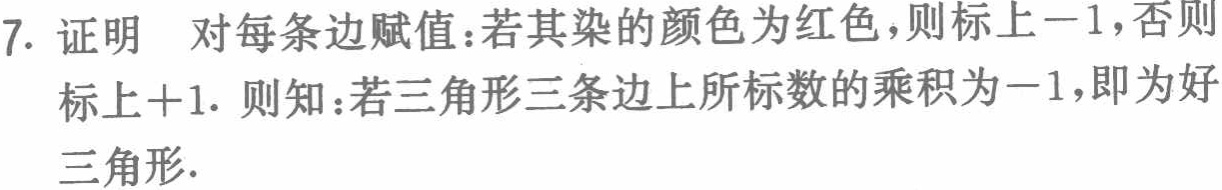
7. 证明 对每条边赋值：若其染的颜色为红色，则标上\(-1\)，否则标上\(+1\). 则知：若三角形三条边上所标数的乘积为\(-1\)，即为好三角形.